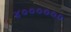
૪૦૦૦૦૦૦